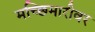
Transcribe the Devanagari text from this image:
मच्छिमारीवर